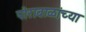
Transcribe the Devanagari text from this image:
पोराबाळांच्या